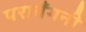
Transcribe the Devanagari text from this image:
परावैंगनी